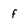
Character: f